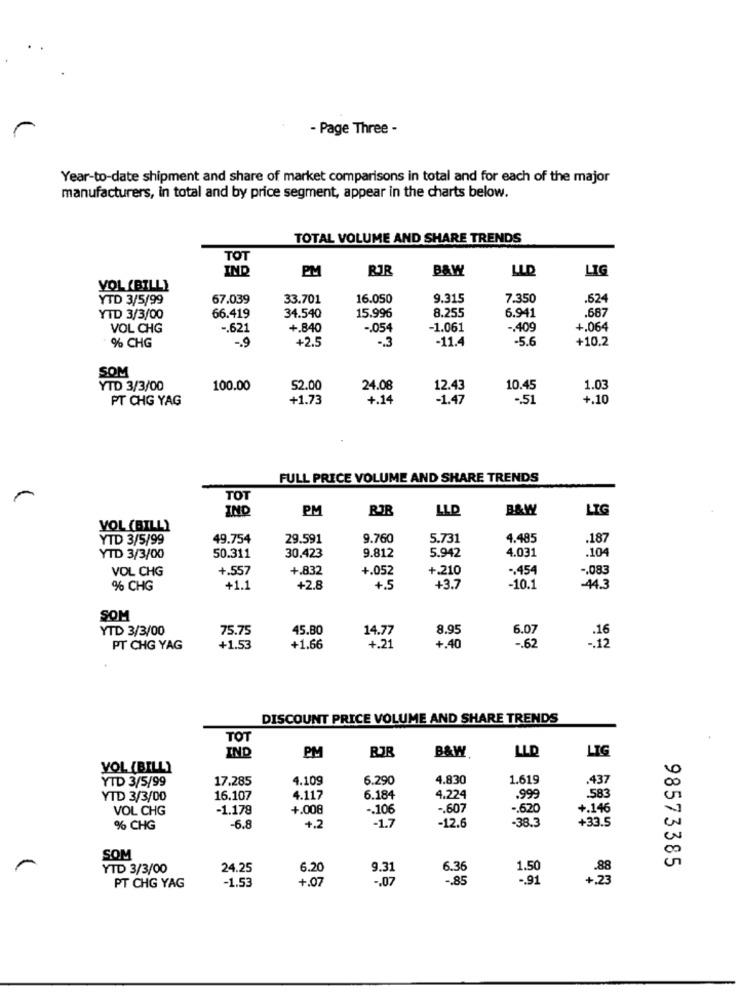
- Page Three -
Year-to-date shipment and share of market comparisons in total and for each of the major
manufacturers, in total and by price segment, appear in the charts below.
TOTAL VOLUME AND SHARE TRENDS
TOT
IND
PM
RJR
B&W
LLD
LIG
YOL (BILL)
YTD 3/5/99
67.039
33.701
16.050
9.315
7.350
.624
8.255
6.941
.68
YTD 3/3/00
66.419
34.540
15.996
VOL CHG
-. 621
+.840
-. 054
-1.061
-. 409
+.064
-. 9
-. 3
-11.4
-5.6
+10.2
% CHG
+2.5
SOM
YTD 3/3/00
100.00
52.00
24.08
12.43
10.45
1.03
PT CHG YAG
+1.73
+.14
-1.47
-. 51
+.10
FULL PRICE VOLUME AND SHARE TRENDS
TOT
IND
PM
LLD
B&W
LIG
VOL (BILL)
YTD 3/5/99
49.754
29.591
9.760
5.731
4.485
.187
30.423
4.031
YTD 3/3/00
50.311
9.812
5.942
.104
VOL CHG
+.557
+.832
+.052
+.210
.454
-. 083
% CHG
+1.1
+2.8
+.5
+3.7
-10.1
-44.3
SOM
YTD 3/3/00
75.75
45.80
14.77
8.95
6.0
PT CHG YAG
+1.53
+1.66
+.21
+.40
-. 62
-. 12
DISCOUNT PRICE VOLUME AND SHARE TRENDS
TOT
PM
BJR
B&W
LLD
LIG
IND
VOL (BILL)
YTD 3/5/99
17.285
4.109
6.290
4.830
1.619
.437
YTD 3/3/00
16.107
4.117
6.184
4.224
.999
583
VOL CHG
-1.179
+.008
.. 106
-. 607
.. 620
+.146
-6.8
-1.7
-12.6
-38.3
+33.5
% CHG
+.2
SOM
98573385
YTD 3/3/00
24.25
6.20
9.31
6.36
1.50
.88
-1.53
+.07
-. 07
-. 85
-. 91
PT CHG YAG